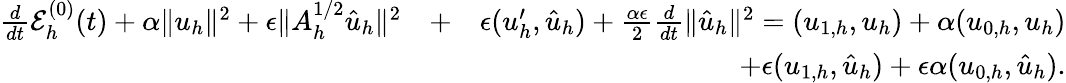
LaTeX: \begin{array}{rlr}{\frac{d}{dt}{\cal E}_{h}^{(0)}(t)+\alpha\| u_{h}\| ^{2}+\epsilon\| A_{h}^{1/2}\hat{u}_{h}\| ^{2}}&{+}&{\epsilon(u_{h}^{\prime},\hat{u}_{h})+\frac{\alpha\epsilon}{2}\frac{d}{dt}\| \hat{u}_{h}\| ^{2}=(u_{1,h},u_{h})+\alpha(u_{0,h},u_{h})}\\ &{}&{+\epsilon(u_{1,h},\hat{u}_{h})+\epsilon\alpha(u_{0,h},\hat{u}_{h}).}\end{array}